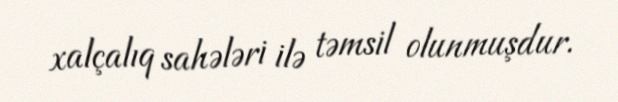
xalçalıq sahələri ilə təmsil olunmuşdur.